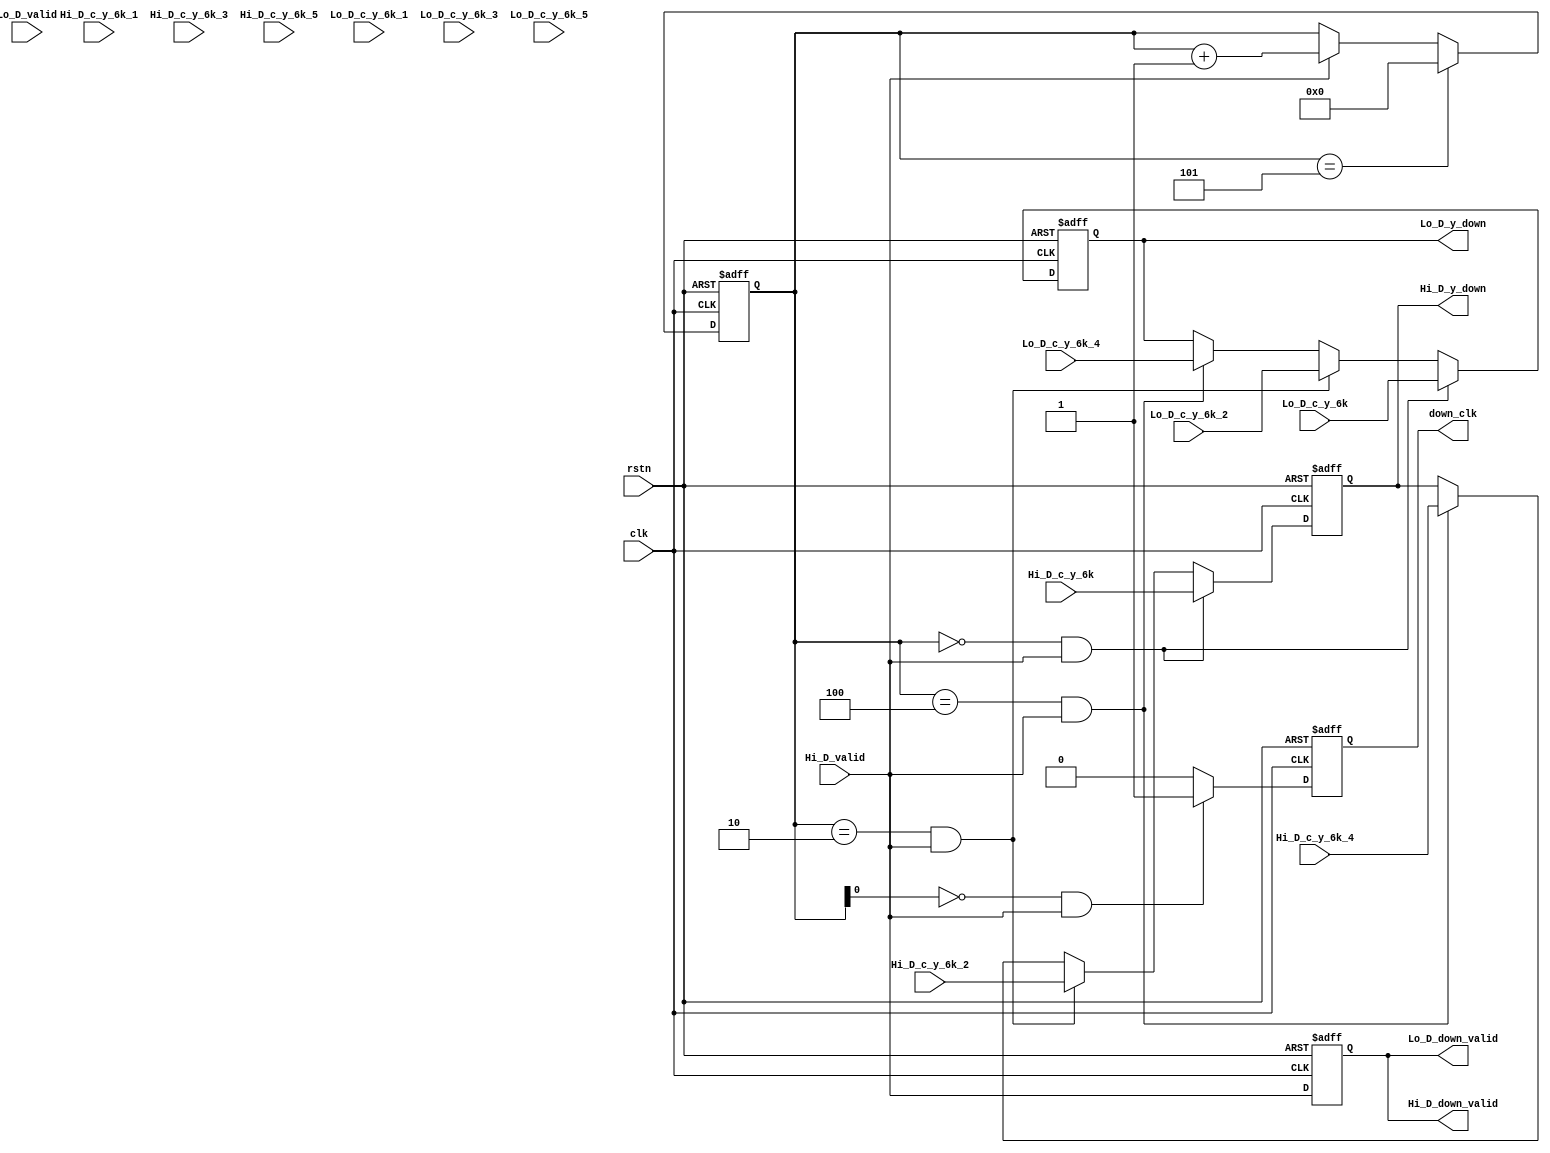
module downsample 
#(
    parameter y_out  = 25//
)
(
    input clk,
    input rstn,
    input  signed [y_out-1:0]  Hi_D_c_y_6k  ,
    input  signed [y_out-1:0]  Hi_D_c_y_6k_1,
    input  signed [y_out-1:0]  Hi_D_c_y_6k_2,
    input  signed [y_out-1:0]  Hi_D_c_y_6k_3,
    input  signed [y_out-1:0]  Hi_D_c_y_6k_4,
    input  signed [y_out-1:0]  Hi_D_c_y_6k_5,
    input                      Hi_D_valid,
    // FIR Outputs
    input  signed [y_out-1:0]  Lo_D_c_y_6k  ,
    input  signed [y_out-1:0]  Lo_D_c_y_6k_1,
    input  signed [y_out-1:0]  Lo_D_c_y_6k_2,
    input  signed [y_out-1:0]  Lo_D_c_y_6k_3,
    input  signed [y_out-1:0]  Lo_D_c_y_6k_4,
    input  signed [y_out-1:0]  Lo_D_c_y_6k_5,
    input                      Lo_D_valid,   

    output  signed [y_out-1:0]  Hi_D_y_down  ,  
    output Hi_D_down_valid,
    output  signed [y_out-1:0]  Lo_D_y_down  ,
    output Lo_D_down_valid,   
    output down_clk
);
    reg [3:0] cnt;
    always @(posedge clk or negedge rstn) begin
        if(rstn == 1'b0)
            cnt<= 0;
        else if(cnt==5)
            cnt<= 0;
        else if(Hi_D_valid)
            cnt<= cnt + 1;
        else cnt <= cnt;
    end

    reg down_clk_reg;
    always @(posedge clk or negedge rstn) begin
        if(rstn == 1'b0)
            down_clk_reg<= 0;
        else if(!cnt[0]&&Hi_D_valid)
            down_clk_reg<= 1;
        else down_clk_reg<= 0;
    end

    reg  signed [y_out-1:0]  Hi_D_y_down_reg; 
    always @(posedge clk or negedge rstn) begin
        if(rstn == 1'b0)
            Hi_D_y_down_reg<= 0;
        else if((cnt == 0)&&Hi_D_valid)
            Hi_D_y_down_reg<= Hi_D_c_y_6k;
        else if((cnt == 2)&&Hi_D_valid)
            Hi_D_y_down_reg<= Hi_D_c_y_6k_2;
        else if((cnt == 4)&&Hi_D_valid)
            Hi_D_y_down_reg<= Hi_D_c_y_6k_4;
        else  Hi_D_y_down_reg <= Hi_D_y_down_reg;                   
    end

    reg  signed [y_out-1:0]  Lo_D_y_down_reg; 
    always @(posedge clk or negedge rstn) begin
        if(rstn == 1'b0)
            Lo_D_y_down_reg<= 0;
        else if((cnt == 0)&&Hi_D_valid)
            Lo_D_y_down_reg<= Lo_D_c_y_6k;
        else if((cnt == 2)&&Hi_D_valid)
            Lo_D_y_down_reg<= Lo_D_c_y_6k_2;
        else if((cnt == 4)&&Hi_D_valid)
            Lo_D_y_down_reg<= Lo_D_c_y_6k_4;
        else  Lo_D_y_down_reg <= Lo_D_y_down_reg;                   
    end    

    reg valid;
    always @(posedge clk or negedge rstn) begin
        if(rstn == 1'b0)
            valid<= 0;
        else valid <= Hi_D_valid;

    end

    assign down_clk = down_clk_reg;
    assign Hi_D_down_valid = valid;
    assign Lo_D_down_valid = valid;
    assign Hi_D_y_down = Hi_D_y_down_reg;
    assign Lo_D_y_down = Lo_D_y_down_reg;

endmodule //downsample